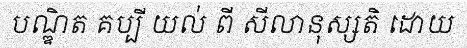
បណ្ឌិត គប្បី យល់ ពី សីលានុស្សតិ ដោយ